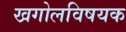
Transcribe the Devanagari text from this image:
खगोलविषयक